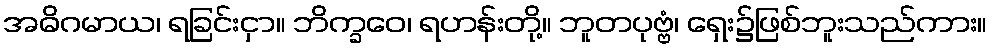
အဓိဂမာယ၊ ရခြင်းငှာ။ ဘိက္ခဝေ၊ ရဟန်းတို့။ ဘူတပုဗ္ဗံ၊ ရှေး၌ဖြစ်ဘူးသည်ကား။